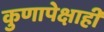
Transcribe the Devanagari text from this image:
कुणापेक्षाही